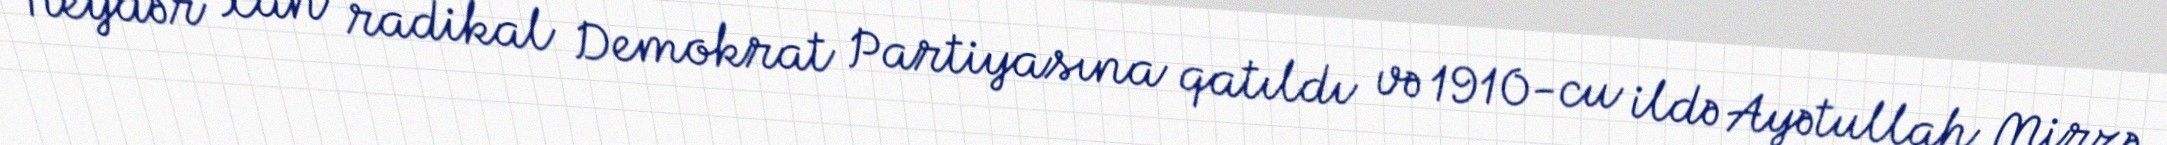
Heydər xan radikal Demokrat Partiyasına qatıldı və 1910-cu ildə Ayətullah Mirzə